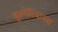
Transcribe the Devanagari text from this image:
बुल्गेरियाच्या